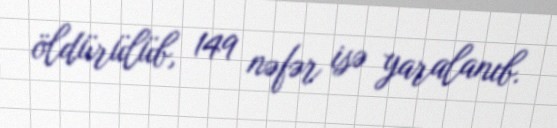
öldürülüb, 149 nəfər isə yaralanıb.